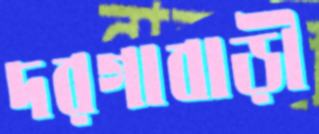
দরগাবাড়ী